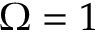
\Omega = 1